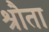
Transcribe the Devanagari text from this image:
श्रौता